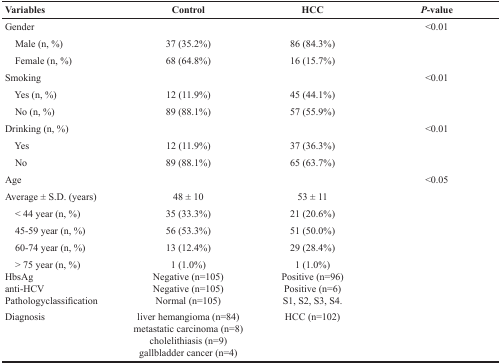
<table><thead><tr><td><b>Variables</b></td><td><b>Control</b></td><td><b>HCC</b></td><td><b><i>P</i>-value</b></td></tr></thead><tbody><tr><td>Gender</td><td></td><td></td><td>&lt;0.01</td></tr><tr><td> Male (n, %)</td><td>37 (35.2%)</td><td>86 (84.3%)</td><td></td></tr><tr><td> Female (n, %)</td><td>68 (64.8%)</td><td>16 (15.7%)</td><td></td></tr><tr><td>Smoking</td><td></td><td></td><td>&lt;0.01</td></tr><tr><td> Yes (n, %)</td><td>12 (11.9%)</td><td>45 (44.1%)</td><td></td></tr><tr><td> No (n, %)</td><td>89 (88.1%)</td><td>57 (55.9%)</td><td></td></tr><tr><td>Drinking (n, %)</td><td></td><td></td><td>&lt;0.01</td></tr><tr><td> Yes</td><td>12 (11.9%)</td><td>37 (36.3%)</td><td></td></tr><tr><td> No</td><td>89 (88.1%)</td><td>65 (63.7%)</td><td></td></tr><tr><td>Age</td><td></td><td></td><td>&lt;0.05</td></tr><tr><td>Average ± S.D. (years)</td><td>48 ± 10</td><td>53 ± 11</td><td></td></tr><tr><td> &lt; 44 year (n, %)</td><td>35 (33.3%)</td><td>21 (20.6%)</td><td></td></tr><tr><td> 45-59 year (n, %)</td><td>56 (53.3%)</td><td>51 (50.0%)</td><td></td></tr><tr><td> 60-74 year (n, %)</td><td>13 (12.4%)</td><td>29 (28.4%)</td><td></td></tr><tr><td> &gt; 75 year (n, %)</td><td>1 (1.0%)</td><td>1 (1.0%)</td><td></td></tr><tr><td>HbsAganti-HCVPathologyclassification</td><td>Negative (n=105)Negative (n=105)Normal (n=105)</td><td>Positive (n=96)Positive (n=6)S1, S2, S3, S4.</td><td></td></tr><tr><td>Diagnosis</td><td>liver hemangioma (n=84)metastatic carcinoma (n=8)cholelithiasis (n=9)gallbladder cancer (n=4)</td><td>HCC (n=102)</td><td></td></tr></tbody></table>